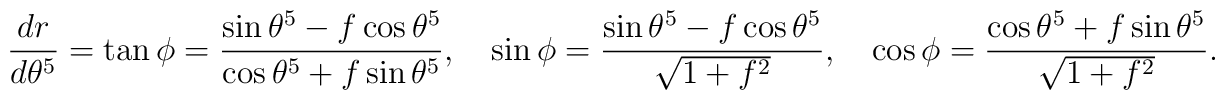
\frac{dr}{d\theta^5}=\tan\phi=\frac{\sin\theta^5-f\cos\theta^5}{\cos\theta^5+f\sin\theta^5},\quad\sin\phi=\frac{\sin\theta^5-f\cos\theta^5}{\sqrt{1+f^2}},\quad\cos\phi=\frac{\cos\theta^5+f\sin\theta^5}{\sqrt{1+f^2}}.